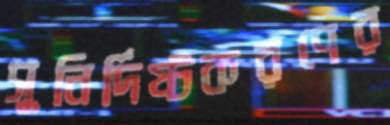
সুনির্দিষ্টকরণের